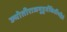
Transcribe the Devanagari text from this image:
ज्योतीराजमुहूर्तकिर्तीमहिते